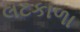
લટકાળા